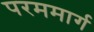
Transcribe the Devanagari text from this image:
परममार्ग